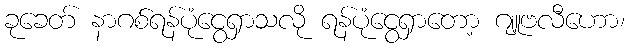
ခုခေတ် နာဂစ်ရန်ပုံငွေရှာသလို ရန်ပုံငွေရှာတော့ ဂျူဗလီဟော၊